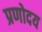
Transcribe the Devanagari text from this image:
प्रणोदय